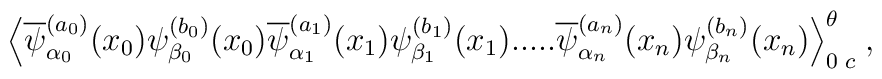
\Big\langle\overline{\psi}^{(a_0)}_{\alpha_0}(x_0) \psi^{(b_0)}_{\beta_0}(x_0)\overline{\psi}^{(a_1)}_{\alpha_1}(x_1) \psi^{(b_1)}_{\beta_1}(x_1) .....\overline{\psi}^{(a_n)}_{\alpha_n}(x_n) \psi^{(b_n)}_{\beta_n}(x_n)\Big\rangle_{0\; c}^\theta \; ,